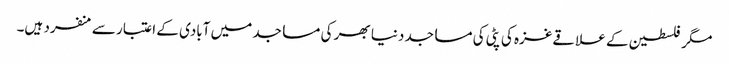
مگر فلسطین کے علاقےغزہ کی پٹی کی مساجد دنیا بھر کی مساجد میں آبادی کے اعتبار سے منفرد ہیں۔